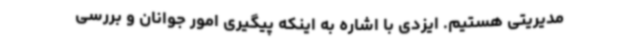
مدیریتی هستیم. ایزدی با اشاره به اینکه پیگیری امور جوانان و بررسی